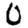
Digit: 0